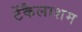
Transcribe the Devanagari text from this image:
टेंकैलाशम